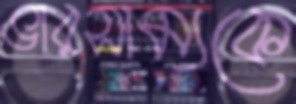
ভারসাম্যকে